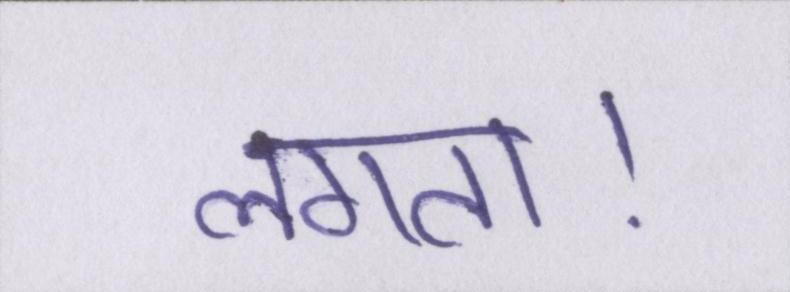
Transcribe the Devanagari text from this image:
लगता।